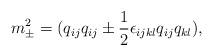
LaTeX: \begin{align*}m_{\pm}^2 = (q_{i j} q_{i j} \pm {1\over 2}\epsilon_{i j k l}q_{i j}q_{k l}),\end{align*}